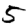
Digit: 5